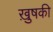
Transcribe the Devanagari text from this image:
ख़ुषकी